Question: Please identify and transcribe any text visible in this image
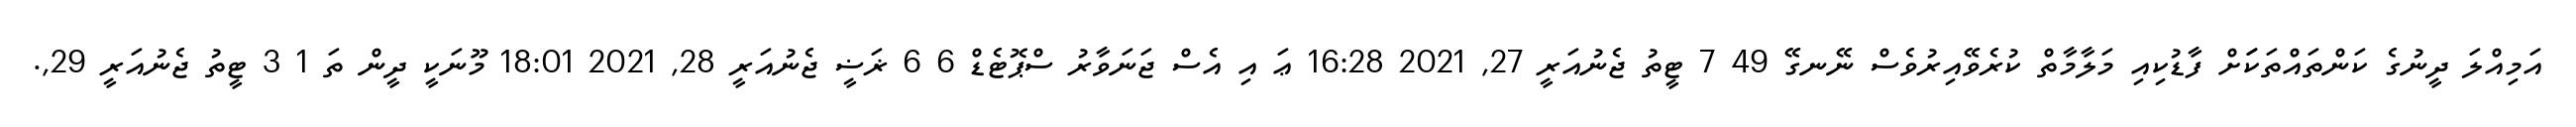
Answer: އަމިއްލަ ދީނުގެ ކަންތައްތަކަަށް ފާޑުކިއި މަލާމާތް ކުރެވޭއިރުވެސް ނޭނގޭ 49 7 ޓީތު ޖެނުއަރީ 27, 2021 16:28 ޢަ އި އެސް ޖަނަވާރު ސްޕޮޓެޑް 6 6 ޜަޟީ ޖެނުއަރީ 28, 2021 18:01 މޫނަކީ ދީން ތަ 1 3 ޓީތު ޖެނުއަރީ 29,.